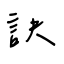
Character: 訣